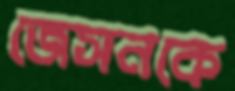
জেসনকে